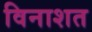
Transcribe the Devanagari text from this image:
विनाशत